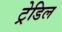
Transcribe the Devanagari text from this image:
ट्रेडिल